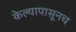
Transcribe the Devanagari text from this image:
केल्यापासूनच